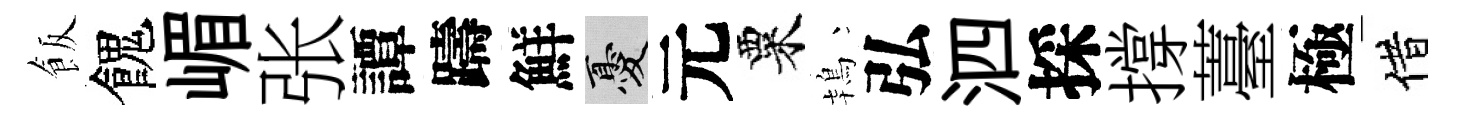
飯餽嵋张譚躊鮮憂元粟鴇弘泗採撐薹極借